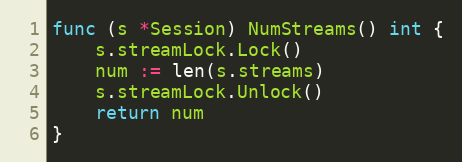
Language: Go
func (s *Session) NumStreams() int {
	s.streamLock.Lock()
	num := len(s.streams)
	s.streamLock.Unlock()
	return num
}